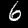
Label: 6